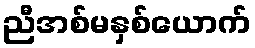
ညီအစ်မနှစ်ယောက်